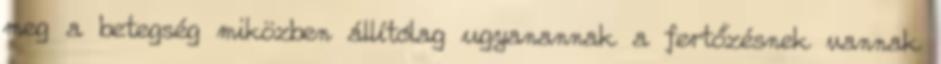
meg a betegség miközben állítólag ugyanannak a fertőzésnek vannak